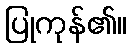
ပြုကုန်၏။